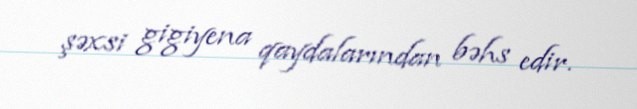
şəxsi gigiyena qaydalarından bəhs edir.